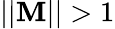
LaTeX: ||\boldsymbol{\mathbf{M}}||>1